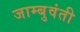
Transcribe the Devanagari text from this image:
जाम्बुवंती